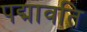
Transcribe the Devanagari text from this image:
पद्मावति